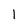
Character: 1